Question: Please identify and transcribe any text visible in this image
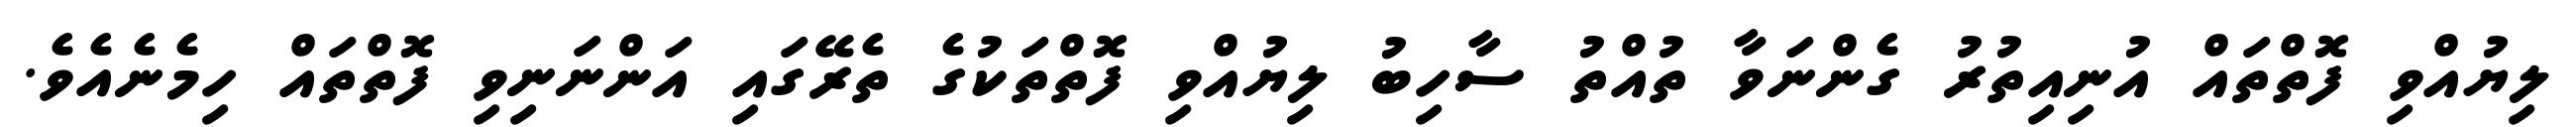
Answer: ލިޔުއްވި ފޮތްތައް އުނިއިތުރު ގެންނަވާ ތުއްތު ސާހިބު ލިޔުއްވި ފޮތްތަކުގެ ތެރޭގައި އަންނަނިވި ފޮތްތައް ހިމެނެއެވެ.